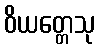
ဝိယတ္တေသု